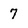
Character: 7